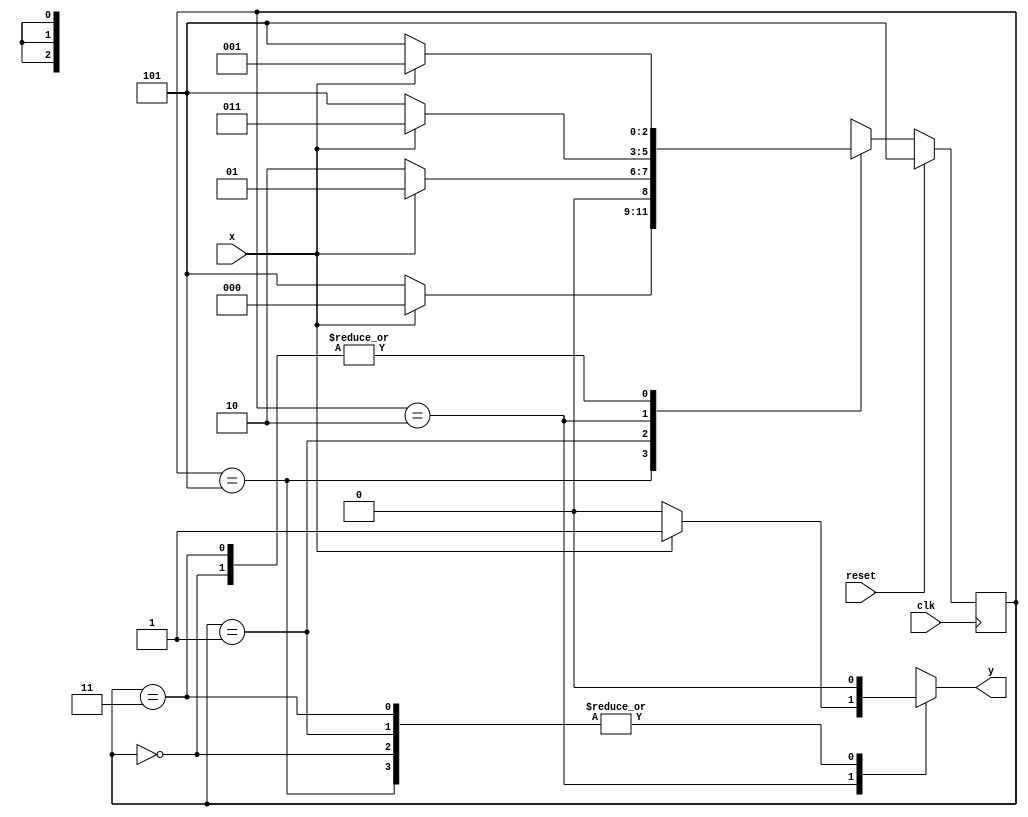
module fsm_1101(x,clk,reset,y);

	input x,clk,reset;
	output reg y;
	
	reg [2:0] pre_state;
	reg [2:0] next_state;

	parameter A = 3'b000, B = 3'b001, C = 3'b010, D = 3'b011, E = 3'b101;

	always @(x,pre_state)
	begin
		case(pre_state)
			E : begin
				next_state = x ? A : E;
				y = 0;
			    end
			A : begin
				next_state = x ? B : E;
				y = 0;
			    end
			B : begin
				next_state = x ? B : C;
				y = 0;
			    end
			C : begin
				next_state = x ? D : E;
				y = x ? 1 : 0;
			    end
			D : begin
				next_state = x ? B : E;
				y = 0;
			    end
			default begin
					next_state = 3'bxxx;
					y = 1'bx;
				end
			
		endcase
	end

	always @(posedge clk)
	begin
		if (reset)
			pre_state = E;
		else 
			pre_state = next_state;
	end
	
endmodule

//test bench

module fsm_1101_tb();

	reg x,clk,reset;
	wire y;

	fsm_1101 tb(x,clk,reset,y);

	initial
	begin
		clk = 0;
		reset = 1;
		#20 reset = 0;
	end

	always #5 clk = ~clk;

	initial
	begin	
		#23 x = 1;
		#5 x = 1;
		#5 x = 1;
		#5 x = 1;
		#5 x = 0;
		#5 x = 1;
		#5 x = 0;
		#5 x = 1;
		#5 x = 0;
		#5 x = 1;
		#5 x = 1;
		#5 x = 1;
	end
endmodule